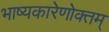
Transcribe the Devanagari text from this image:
भाष्यकारेणोक्तम्